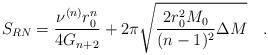
LaTeX: \begin{align*}S_{RN}=\frac{\nu^{(n)}r_0^n}{4G_{n+2}}+2\pi\sqrt{\frac{2r_0^2M_0}{(n-1)^2} \Delta M} \quad . \end{align*}